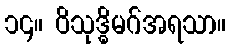
၁၄။ ဝိသုဒ္ဓိမဂ်အရသာ။